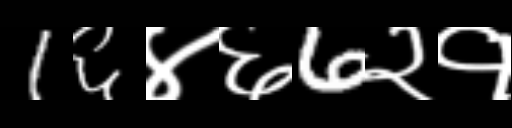
Text: 1६४६6२१